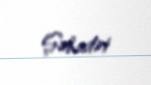
Şəhadət